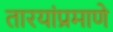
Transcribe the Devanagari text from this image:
तारयांप्रमाणे